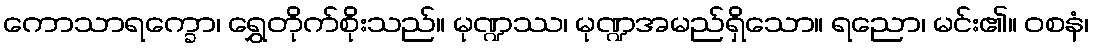
ကောသာရက္ခော၊ ရွှေတိုက်စိုးသည်။ မုဏ္ဍဿ၊ မုဏ္ဍအမည်ရှိသော။ ရညော၊ မင်း၏။ ဝစနံ၊